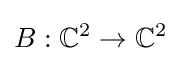
B:\mathbb {C} ^{2}\to \mathbb {C} ^{2}